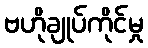
ဗဟိုချုပ်ကိုင်မှု